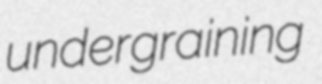
undergraining